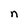
Character: n